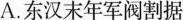
A.东汉末年军阀割据